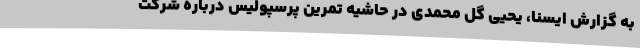
به گزارش ایسنا، یحیی گل محمدی در حاشیه تمرین پرسپولیس درباره شرکت